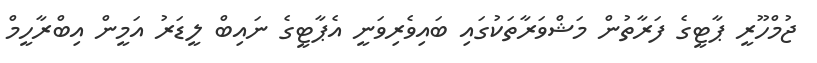
ޖުމްހޫރީ ޕާޓީގެ ފަރާތުން މަޝްވަރާތަކުގައި ބައިވެރިވަނީ އެޕާޓީގެ ނައިބް ލީޑަރު އަމީން އިބްރާހީމް